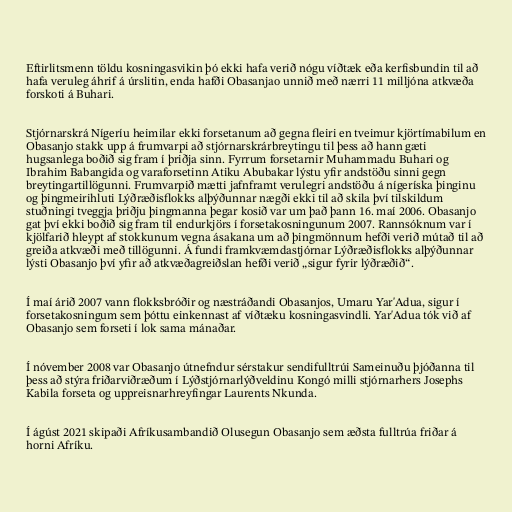
Eftirlitsmenn töldu kosningasvikin þó ekki hafa verið nógu víðtæk eða kerfisbundin til að
hafa veruleg áhrif á úrslitin, enda hafði Obasanjao unnið með nærri 11 milljóna atkvæða
forskoti á Buhari.

Stjórnarskrá Nígeríu heimilar ekki forsetanum að gegna fleiri en tveimur kjörtímabilum en
Obasanjo stakk upp á frumvarpi að stjórnarskrárbreytingu til þess að hann gæti
hugsanlega boðið sig fram í þriðja sinn. Fyrrum forsetarnir Muhammadu Buhari og
Ibrahim Babangida og varaforsetinn Atiku Abubakar lýstu yfir andstöðu sinni gegn
breytingartillögunni. Frumvarpið mætti jafnframt verulegri andstöðu á nígeríska þinginu
og þingmeirihluti Lýðræðisflokks alþýðunnar nægði ekki til að skila því tilskildum
stuðningi tveggja þriðju þingmanna þegar kosið var um það þann 16. maí 2006. Obasanjo
gat því ekki boðið sig fram til endurkjörs í forsetakosningunum 2007. Rannsóknum var í
kjölfarið hleypt af stokkunum vegna ásakana um að þingmönnum hefði verið mútað til að
greiða atkvæði með tillögunni. Á fundi framkvæmdastjórnar Lýðræðisflokks alþýðunnar
lýsti Obasanjo því yfir að atkvæðagreiðslan hefði verið „sigur fyrir lýðræðið“.

Í maí árið 2007 vann flokksbróðir og næstráðandi Obasanjos, Umaru Yar'Adua, sigur í
forsetakosningum sem þóttu einkennast af víðtæku kosningasvindli. Yar'Adua tók við af
Obasanjo sem forseti í lok sama mánaðar.

Í nóvember 2008 var Obasanjo útnefndur sérstakur sendifulltrúi Sameinuðu þjóðanna til
þess að stýra friðarviðræðum í Lýðstjórnarlýðveldinu Kongó milli stjórnarhers Josephs
Kabila forseta og uppreisnarhreyfingar Laurents Nkunda.

Í ágúst 2021 skipaði Afríkusambandið Olusegun Obasanjo sem æðsta fulltrúa friðar á
horni Afríku.